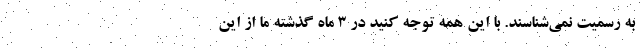
به رسميت نمي‌شناسند. با اين همه توجه كنيد در 3 ماه گذشته ما از اين